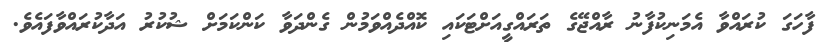
ފާހަގަ ކުރައްވާ އެމަނިކުފާނު ރާއްޖޭގެ ތަރައްގީއަށްޓަކައި ކޮއްދެއްވަމުން ގެންދަވާ ކަންކަމަށް ޝުކުރު އަދާކުރައްވާފައެވެ.